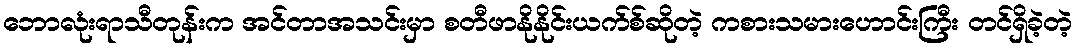
ဘောလုံးရာသီတုန်းက အင်တာအသင်းမှာ စတီဖာနိုနိုင်းယက်စ်ဆိုတဲ့ ကစားသမားဟောင်းကြီး တင်ရှိခဲ့တဲ့